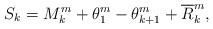
\begin{align*}S_{k}=M_{k}^{m}+\theta_{1}^{m}-\theta_{k+1}^{m}+\overline{R}_{k}^{m},\end{align*}